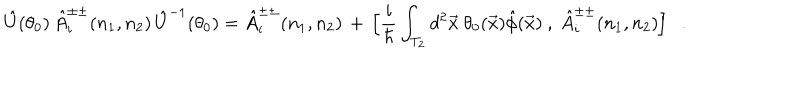
\hat { U } ( \theta _ { 0 } ) \, \hat { A } _ { i } ^ { \pm \pm } ( n _ { 1 } , n _ { 2 } ) \, \hat { U } ^ { - 1 } ( \theta _ { 0 } ) = \hat { A } _ { i } ^ { \pm \pm } ( n _ { 1 } , n _ { 2 } ) \, + \, \Big [ \frac { i } { \hbar } \int _ { T _ { 2 } } d ^ { 2 } \vec { x } \ \theta _ { 0 } ( \vec { x } ) \hat { \phi } ( \vec { x } ) \ , \ \hat { A } _ { i } ^ { \pm \pm } ( n _ { 1 } , n _ { 2 } ) \Big ] \ \ \ .